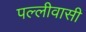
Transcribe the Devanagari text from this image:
पल्लीवासी